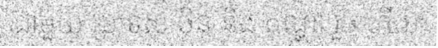
ជាមួយ ប្រទេស ចិន និង ឥណ្ឌា រួចហើយ